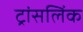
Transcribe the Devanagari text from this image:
ट्रांसलिंक